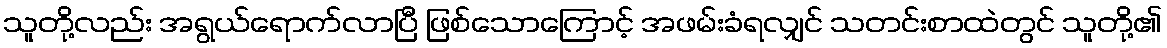
သူတို့လည်း အရွယ်ရောက်လာပြီ ဖြစ်သောကြောင့် အဖမ်းခံရလျှင် သတင်းစာထဲတွင် သူတို့၏